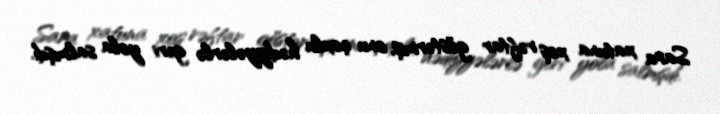
Sara xatuna xoş rəftar göstərmiş, onu çoxlu hədiyyələrlə geri yola salmışdı.